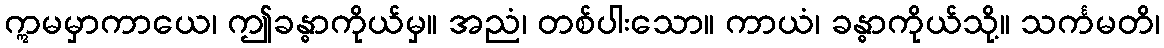
ဣမမှာကာယေ၊ ဤခန္ဓာကိုယ်မှ။ အညံ၊ တစ်ပါးသော။ ကာယံ၊ ခန္ဓာကိုယ်သို့။ သင်္ကမတိ၊